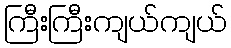
ကြီးကြီးကျယ်ကျယ်